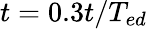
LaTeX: t=0.3t/T_{ed}